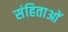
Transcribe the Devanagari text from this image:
संहिताआें